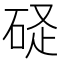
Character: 𥒧